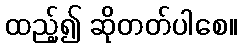
ထည့်၍ ဆိုတတ်ပါစေ။